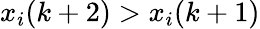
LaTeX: x_{i}(k+2)>x_{i}(k+1)